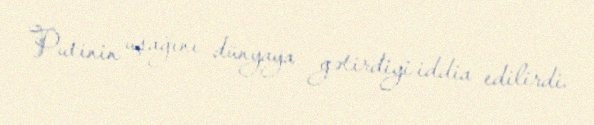
Putinin uşağını dünyaya gətirdiyi iddia edilirdi.